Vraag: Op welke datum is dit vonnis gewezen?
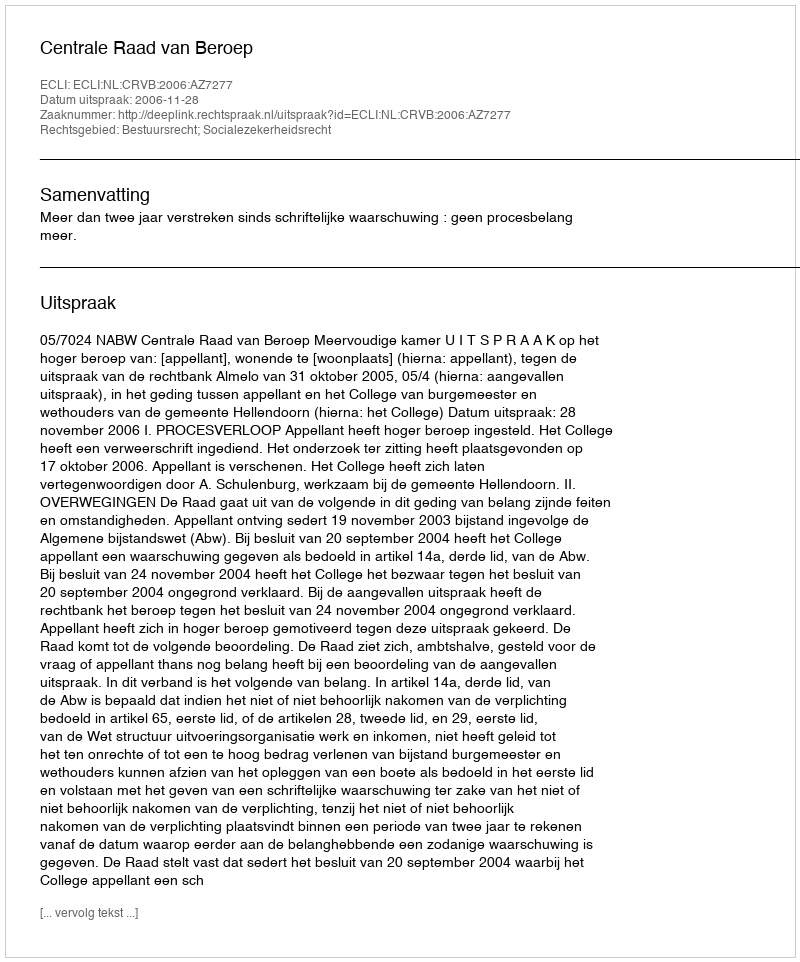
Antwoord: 2006-11-28